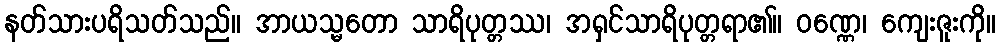
နတ်သားပရိသတ်သည်။ အာယသ္မတော သာရိပုတ္တဿ၊ အရှင်သာရိပုတ္တရာ၏။ ဝဏ္ဏေ၊ ကျေးဇူးကို။